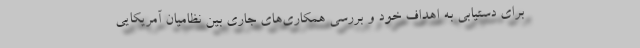
برای دستیابی به اهداف خود و بررسی همکاری‌های جاری بین نظامیان آمریکایی